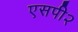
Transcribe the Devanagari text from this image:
एसपी२